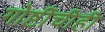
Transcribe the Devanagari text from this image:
गोष्टींचीही